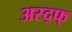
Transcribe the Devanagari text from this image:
अस्द्फ्